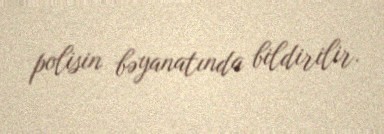
polisin bəyanatında bildirilir.